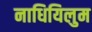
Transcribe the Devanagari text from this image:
नाधियिलुम